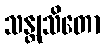
သန္တုသိတော